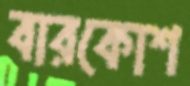
বারকোশ